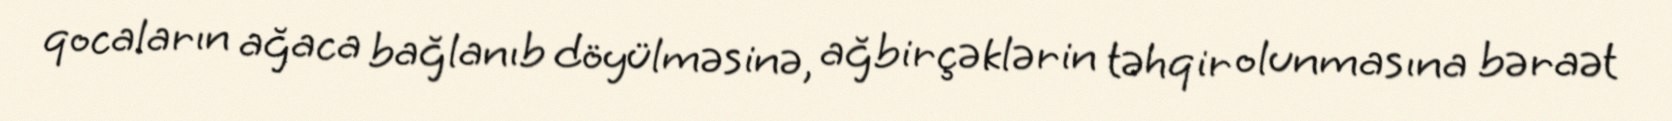
qocaların ağaca bağlanıb döyülməsinə, ağbirçəklərin təhqir olunmasına bəraət